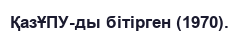
ҚазҰПУ-ды бітірген (1970).